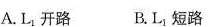
A.L_{1}开路 B.L_{1}短路